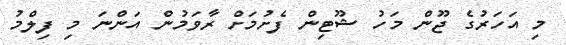
މި އަހަރުގެ ޖޫން މަހު ޝޫޓިން ފެށުމަށް ރާވަމުން އަންނަ މި ފިލްމު